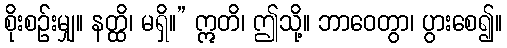
စိုးစဉ်းမျှ။ နတ္ထိ၊ မရှိ။” ဣတိ၊ ဤသို့။ ဘာဝေတွာ၊ ပွားစေ၍။